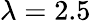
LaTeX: \lambda=2.5